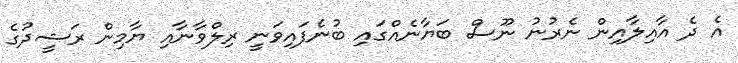
އެ ދެ އާއިލާއިން ނެރުނު ނޫސް ބަޔާނެއްގައި ބުނެފައިވަނީ ރިލްވާނާއި ޔާމިން ރަޝީދުގެ